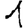
Digit: 1